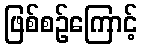
ဖြစ်စဉ်ကြောင့်